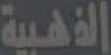
الذهبية